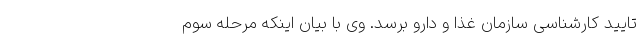
تایید کارشناسی سازمان غذا و دارو برسد. وی با بیان اینکه مرحله سوم